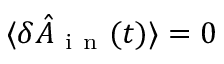
\langle \delta \hat { A } _ { \mathrm { ~ i ~ n ~ } } ( t ) \rangle = 0